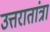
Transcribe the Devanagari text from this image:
उत्तरातांत्रा